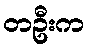
တဦးက